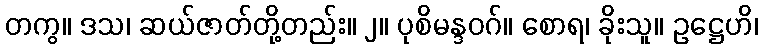
တကွ။ ဒသ၊ ဆယ်ဇာတ်တို့တည်း။ ၂။ ပုစိမန္ဒဝဂ်။ စောရ၊ ခိုးသူ။ ဥဋ္ဌေဟိ၊